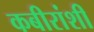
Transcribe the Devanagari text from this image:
कबीरांशी